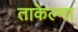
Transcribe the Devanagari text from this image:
ताकेल्मा